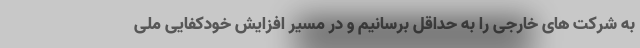
به شرکت های خارجی را به حداقل برسانیم و در مسیر افزایش خودکفایی ملی